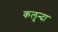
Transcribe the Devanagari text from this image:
कलुन्दा